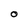
Character: 0